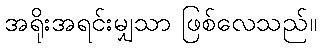
အရိုးအရင်းမျှသာ ဖြစ်လေသည်။